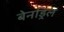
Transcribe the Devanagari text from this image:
बेनड्रिल